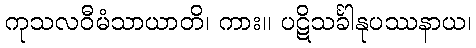
ကုသလဝီမံသာယာတိ၊ ကား။ ပဋိသင်္ခါနုပဿနာယ၊